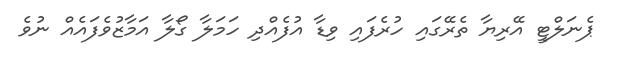
ޕެނަލްޓީ އޭރިޔާ ތެރޭގައި ހުރެފައި ވިޑާ އުފެއްދި ހަމަލާ ގޯލާ އަމާޒުވެފައެއް ނުވެ